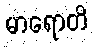
မာရောတိ